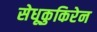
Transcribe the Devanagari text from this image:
सेधूकुकिरेन